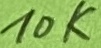
Text: 10K